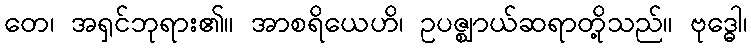
တေ၊ အရှင်ဘုရား၏။ အာစရိယေဟိ၊ ဥပဇ္ဈာယ်ဆရာတို့သည်။ ဗုဒ္ဓေါ၊